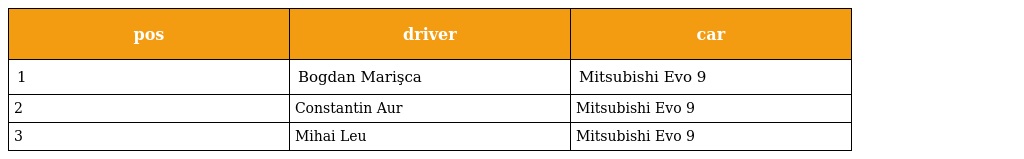
| pos | driver | car |
 | --- | --- | --- |
 | 1 | Bogdan Marişca | Mitsubishi Evo 9 |
 | 2 | Constantin Aur | Mitsubishi Evo 9 |
 | 3 | Mihai Leu | Mitsubishi Evo 9 |